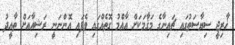
ޚާރިޖީ ސިޔާސަތުގައި ޗައިނާގެ މަޤާމަކަށް އާއްމު ގޮތެއްގައި ވެފައި އޮންނަނީ ރަޝިއާއަށް ތާއީދު